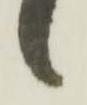
々